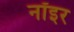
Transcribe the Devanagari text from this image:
नॉइर